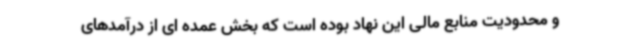
و محدودیت منابع مالی این نهاد بوده است که بخش عمده ای از درآمدهای